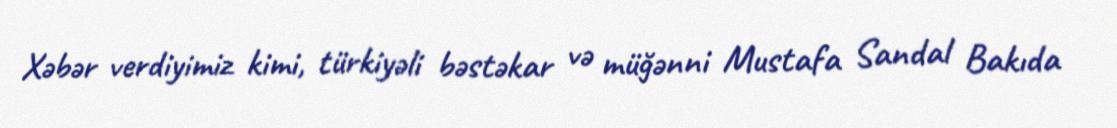
Xəbər verdiyimiz kimi, türkiyəli bəstəkar və müğənni Mustafa Sandal Bakıda